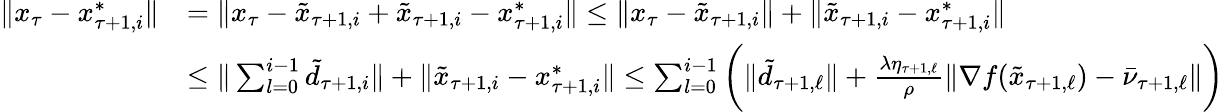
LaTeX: \begin{array}{rl}{\| x_{\tau}-x_{\tau+1,i}^{*}\| }&{=\| x_{\tau}-\tilde{x}_{\tau+1,i}+\tilde{x}_{\tau+1,i}-x_{\tau+1,i}^{*}\| \leq\| x_{\tau}-\tilde{x}_{\tau+1,i}\| +\| \tilde{x}_{\tau+1,i}-x_{\tau+1,i}^{*}\| }\\ &{\leq\| \sum_{l=0}^{i-1}\tilde{d}_{\tau+1,i}\| +\| \tilde{x}_{\tau+1,i}-x_{\tau+1,i}^{*}\| \leq\sum_{l=0}^{i-1}\bigg(\| \tilde{d}_{\tau+1,\ell}\| +\frac{\lambda\eta_{\tau+1,\ell}}{\rho}\| \nabla f(\tilde{x}_{\tau+1,\ell})-\bar{\nu}_{\tau+1,\ell}\| \bigg)}\end{array}